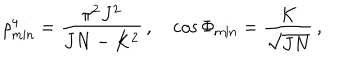
\rho _ { \mathrm { m i n } } ^ { 4 } = \frac { \pi ^ { 2 } J ^ { 2 } } { J N - K ^ { 2 } } \, , \quad \cos \Phi _ { \mathrm { m i n } } = \frac { K } { \sqrt { J N } } \, ,